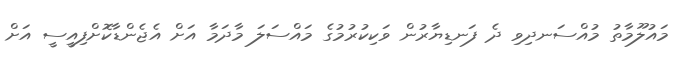
މައުލޫމާތު މުއްސަނދިވި ދެ ފަނޑިޔާރުން ވަކިކުރުމުގެ މައްސަލަ މާދަމާ އަށް އެޖެންޑާކޮށްފިއީސީ އަށް